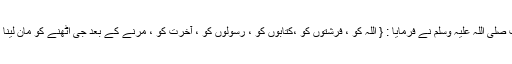
آپ صلی اللہ علیہ وسلم نے فرمایا : { اللہ کو ، فرشتوں کو ،کتابوں کو ، رسولوں کو ، آخرت کو ، مرنے کے بعد جی اٹھنے کو مان لینا } ۔